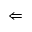
\Leftarrow